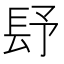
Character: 𨱢